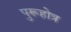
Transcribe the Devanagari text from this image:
पुरूहोत्र